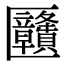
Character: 㔶